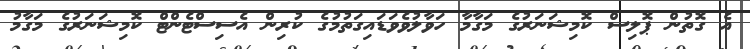
އެ ގޮތުން ޕޮލިސް ކޮމިޝަނަރުގެ މަގާމާ ހަވާލުވެވަޑައިގަތުމުގެ ކުރިން އެސިސްޓެންޓް ކޮމިޝަނަރުގެ މަގާމު